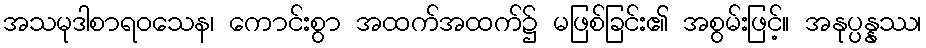
အသမုဒါစာရဝသေန၊ ကောင်းစွာ အထက်အထက်၌ မဖြစ်ခြင်း၏ အစွမ်းဖြင့်။ အနုပ္ပန္နဿ၊